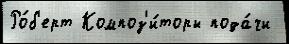
Ро́б'ерт Композ'и́торы пода́чи